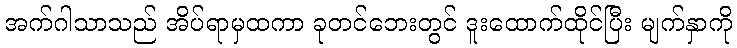
အက်ဂါသာသည် အိပ်ရာမှထကာ ခုတင်ဘေးတွင် ဒူးထောက်ထိုင်ပြီး မျက်နှာကို